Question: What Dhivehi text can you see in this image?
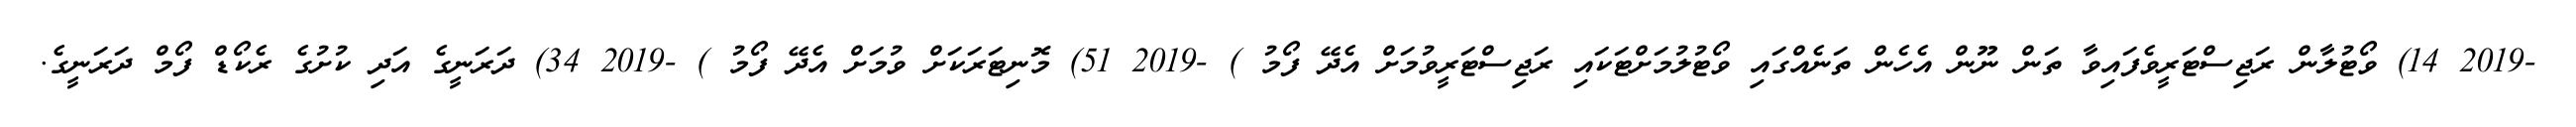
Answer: -2019 14) ވޯޓުލާން ރަޖިސްޓަރީވެފައިވާ ތަން ނޫން އެހެން ތަނެއްގައި ވޯޓުލުމަށްޓަކައި ރަޖިސްޓަރީވުމަށް އެދޭ ފޯމު ) -2019 51) މޮނިޓަރަކަށް ވުމަށް އެދޭ ފޯމު ) -2019 34) ދަރަނީގެ އަދި ކުށުގެ ރެކޯޑް ފޯމް ދަރަނީގެ.